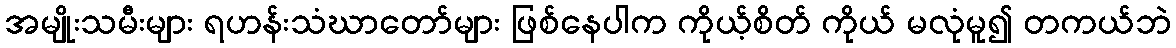
အမျိုးသမီးများ ရဟန်းသံဃာတော်များ ဖြစ်နေပါက ကိုယ့်စိတ် ကိုယ် မလုံမူ၍ တကယ်ဘဲ